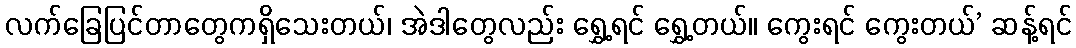
လက်ခြေပြင်တာတွေကရှိသေးတယ်၊ အဲဒါတွေလည်း ရွှေ့ရင် ရွှေ့တယ်။ ကွေးရင် ကွေးတယ်’ ဆန့်ရင်